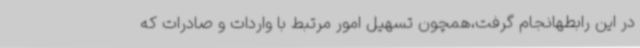
در این رابطهانجام گرفت،همچون تسهیل امور مرتبط با واردات و صادرات که